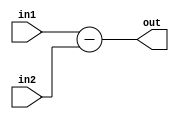
`timescale 1ns / 1ps
//////////////////////////////////////////////////////////////////////////////////
// Company: 
// Engineer: 
// 
// Design Name: 
// Module Name:    SUB 
// Project Name: 
// Target Devices: 
// Tool versions: 
// Description: 
//
// Dependencies: 
//
// Revision: 
// Revision 0.01 - File Created
// Additional Comments: 
//
//////////////////////////////////////////////////////////////////////////////////
module SUB(out,in1,in2);
input [15:0] in1,in2;
output reg [15:0] out;
always @(*)
out=in1-in2;
endmodule